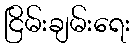
ငြိမ်းချမ်းရေး